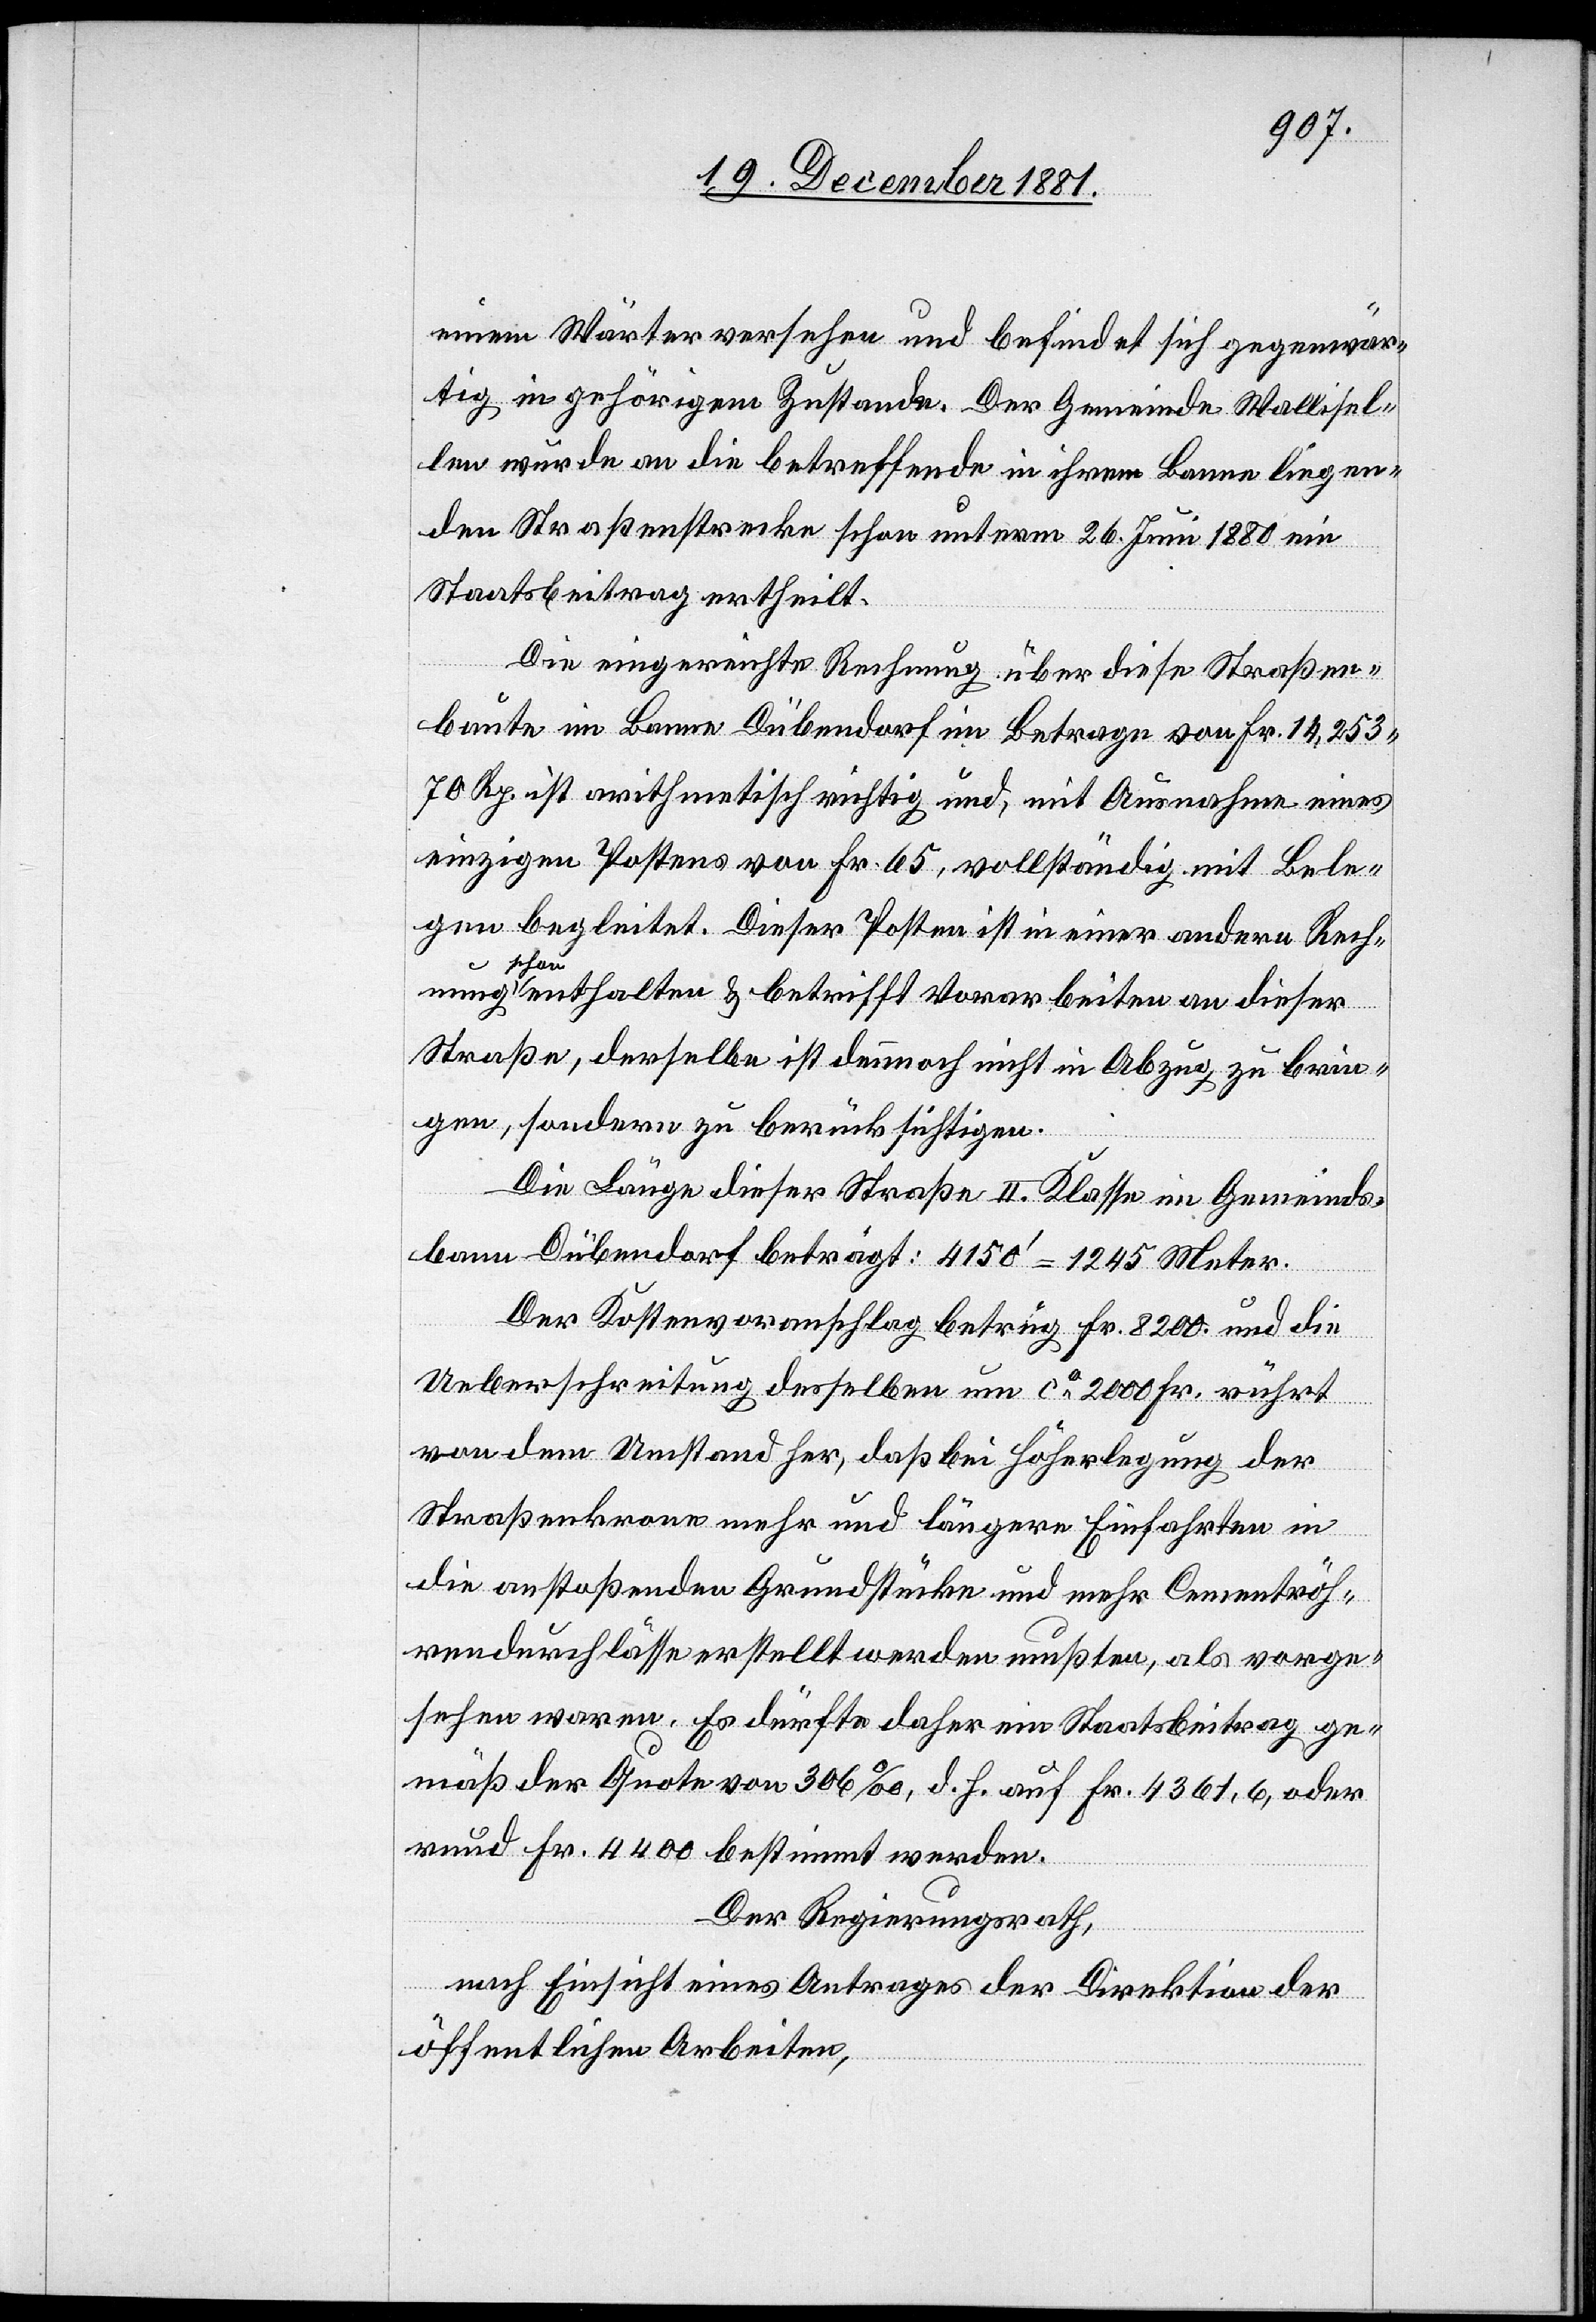
einem Wärter versehen und befindet sich gegenwär¬
tig in gehörigem Zustande. Der Gemeinde Wallisel¬
len wurde an die betreffende in ihrem Banne liegen¬
de Straßenstrecke schon unterm 26. Juni 1880 ein
Staatsbeitrag ertheilt.
Die eingereichte Rechnung über diese Straßen¬
baute im Banne Dübendorf im Betrage von Fr. 14,253.
70 Rp. ist arithemtisch richtig und, mit Ausnahme eines
einzigen Postens von Fr. 65, vollständig mit Bele¬
gen begleitet. Dieser Posten ist in einer andern Rech¬
nung
scho¬
n enthalten & betrifft Vorarbeiten an dieser
Straße, derselbe ist demnach nicht in Abzug zu brin¬
gen, sondern zu berücksichtigen.
Die Länge dieser Straße II. Klasse im Gemeinds¬
bann Dübendorf beträgt: 4150‘ = 1245 Meter.
Der Kostenvoranschlag betrug Fr. 8200. und die
Ueberschreitung derselben um ca 2000 Fr. rührt
von dem Umstande her, daß bei Höherlegung der
Straßenkrone mehr und längere Einfahrten in
die anstoßenden Grundstücke und mehr Cementröh¬
rendurchlässe erstellt werden mußten, als vorge¬
sehen waren. Es dürfte daher ein Staatsbeitrag ge¬
mäß der Quote von 306‰, d. h. auf Fr. 4361,6, oder
rund Fr. 4400 bestimmt werden.
Der Regierungsrath,
nach Einsicht eines Antrages der Direktion der
öffentlichen Arbeiten,